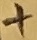
Text: +